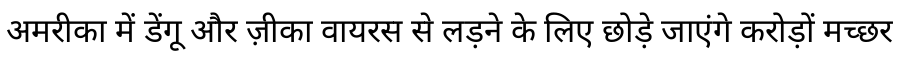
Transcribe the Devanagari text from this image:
अमरीका में डेंगू और ज़ीका वायरस से लड़ने के लिए छोड़े जाएंगे करोड़ों मच्छर